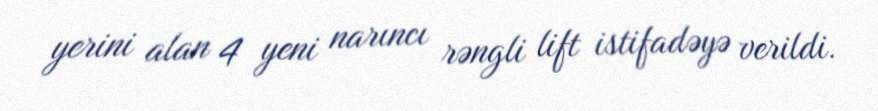
yerini alan 4 yeni narıncı rəngli lift istifadəyə verildi.